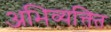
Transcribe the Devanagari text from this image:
अभिव्यक्त्ति